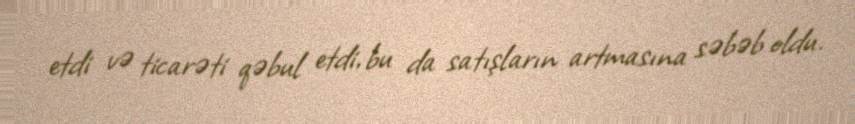
etdi və ticarəti qəbul etdi, bu da satışların artmasına səbəb oldu.